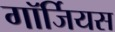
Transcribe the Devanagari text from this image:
गॉर्जियस